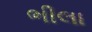
ભીલા